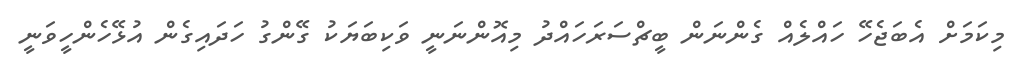
މިކަމަށް އެބަޖެހޭ ހައްލެއް ގެންނަން ބީޗްސަރަހައްދު މިއޮންނަނީ ވަކިބަޔަކު ގޭންގު ހަދައިގެން އުޅޭހެންހީވަނީ